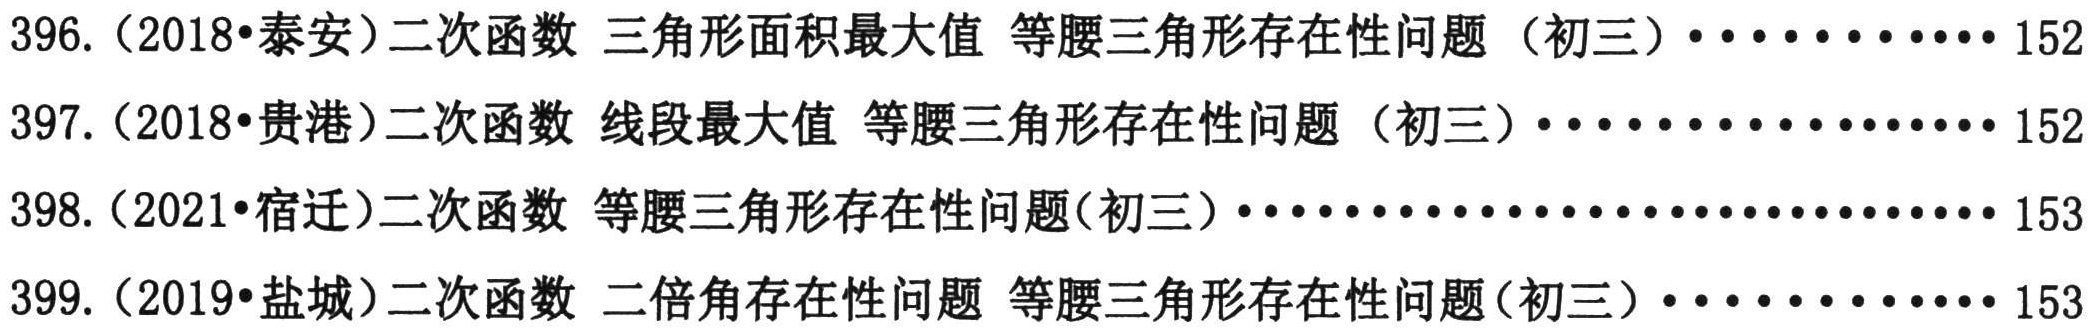
396.（2018•泰安）二次函数 三角形面积最大值 等腰三角形存在性问题（初三）············152\\
397.（2018•贵港）二次函数 线段最大值 等腰三角形存在性问题（初三）··················152\\
398.（2021•宿迁）二次函数 等腰三角形存在性问题(初三）································153\\
399.（2019•盐城）二次函数 二倍角存在性问题 等腰三角形存在性问题（初三）·············153\\